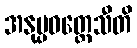
အနုပ္ပဝတ္တေသီတိ